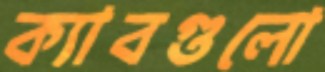
ক্যাবগুলো